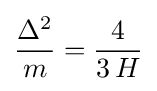
{\frac {\Delta ^{2}}{m}}={\frac {4}{3\,H}}